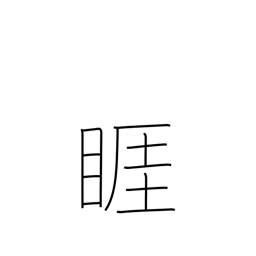
Meaning: angry look